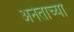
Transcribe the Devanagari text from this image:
अनंताच्या